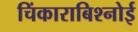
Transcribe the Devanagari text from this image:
चिंकाराबिश्नोई